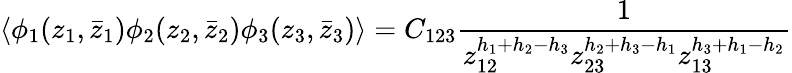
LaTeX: \langle\phi_{1}(z_{1},\bar{z}_{1})\phi_{2}(z_{2},\bar{z}_{2})\phi_{3}(z_{3},\bar{z}_{3})\rangle=C_{123}\frac{1}{z_{12}^{h_{1}+h_{2}-h_{3}}z_{23}^{h_{2}+h_{3}-h_{1}}z_{13}^{h_{3}+h_{1}-h_{2}}}